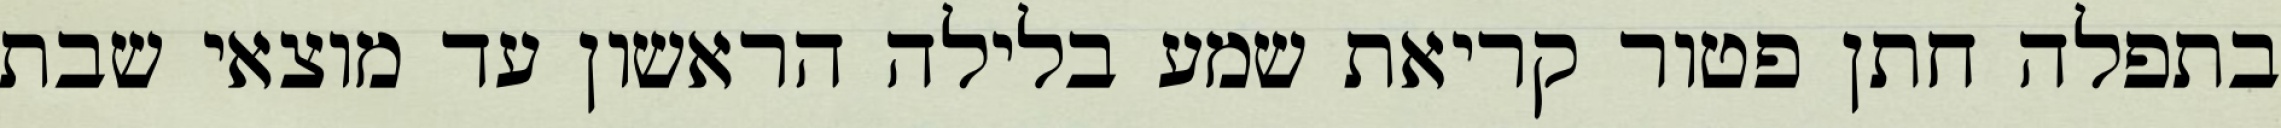
בתפלה חתן פטור קריאת שמע בלילה הראשון עד מוצאי שבת